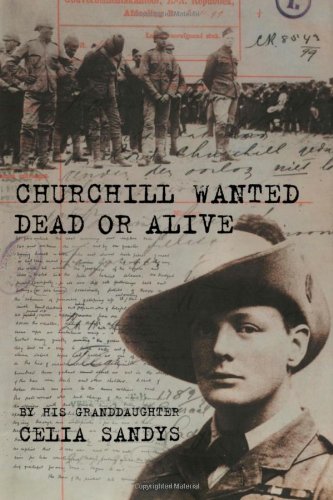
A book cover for Churchill Wanted Dead or Alive; Celia Sandys; History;